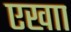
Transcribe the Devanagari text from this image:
एखाा